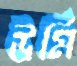
উর্মি